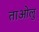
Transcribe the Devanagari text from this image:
ताओलु